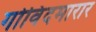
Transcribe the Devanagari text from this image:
गोविंदमारार